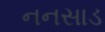
નનસાડ